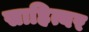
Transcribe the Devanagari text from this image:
साहित्यर